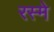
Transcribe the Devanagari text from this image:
रस्मे